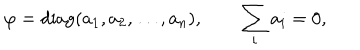
LaTeX: \varphi = \mathrm { d i a g } ( a _ { 1 } , a _ { 2 } , \ldots , a _ { n } ) , \qquad \sum _ { i } a _ { i } = 0 ,